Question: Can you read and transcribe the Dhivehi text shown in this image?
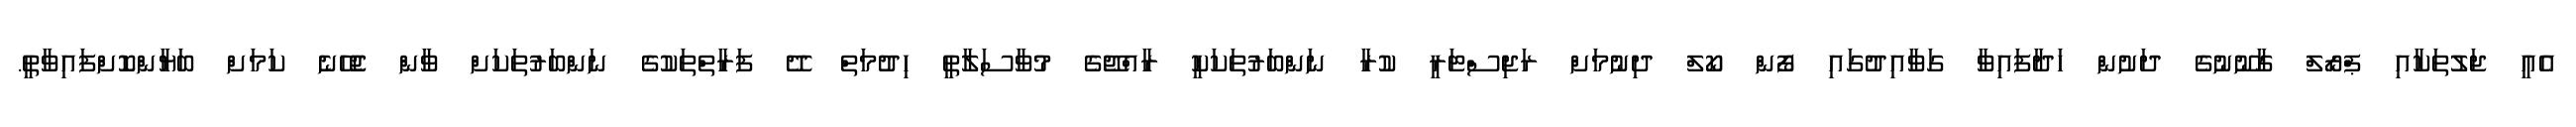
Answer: އެއީ ޖަލުތަކާއި ޕްރޯލް ގާނޫނުގެ ދަށުން ހަދާފައިވާ ގަވާއިދުގައި ފޯން ކޯލް ދިނުމަށް ރަޖިސްޓަރީ ކުރާ ނަންބަރުތަކަކީ ރާއްޖޭގެ މުވާސަލާތީ ހިދުމަތް ދޭ ފަރާތްތަކުގެ ނަންބަރުތަކަށް ވާން ޖެހޭނެ ކަމަށް ބަޔާންކޮށްފައިވާތީ.